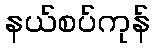
နယ်စပ်ကုန်